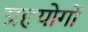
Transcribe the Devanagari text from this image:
ग्रहयोगों